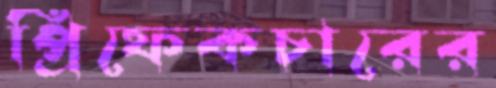
প্রিফেকচারের